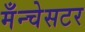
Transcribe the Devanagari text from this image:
मँन्चेसटर